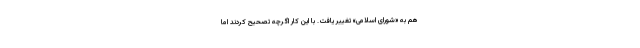
هم به «شورای اسلامی» تغییر یافت. با این کار اگرچه تصحیح کردند اما